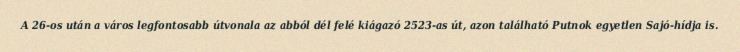
A 26-os után a város legfontosabb útvonala az abból dél felé kiágazó 2523-as út, azon található Putnok egyetlen Sajó-hídja is.